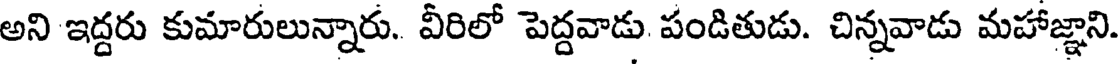
అని ఇద్దరు కుమారులున్నారు. వీరిలో పెద్దవాడు. పండితుడు. చిన్నవాడు మహాజ్ఞాని.